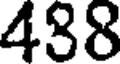
488